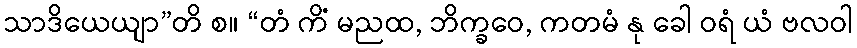
သာဒိယေယျာ”တိ စ။ “တံ ကိံ မညထ, ဘိက္ခဝေ, ကတမံ နု ခေါ ဝရံ ယံ ဗလဝါ